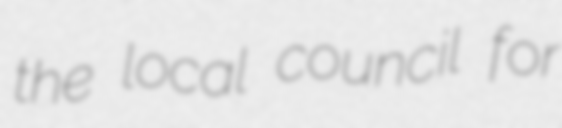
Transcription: the local council for